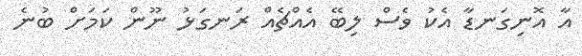
އާ އޮނިގަނޑާ އެކު ވެސް ލިބޭ އެއްޗެއް ރަނގަޅު ނޫން ކަމަށް ބުނެ